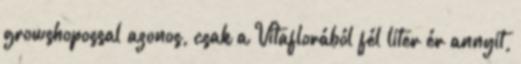
growshopossal azonos, csak a Vitaflorából fél liter ér annyit,